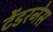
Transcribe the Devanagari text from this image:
टेंडरनेस